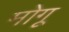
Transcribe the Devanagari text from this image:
मोगू